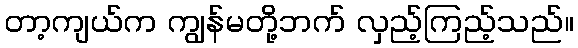
တာ့ကျယ်က ကျွန်မတို့ဘက် လှည့်ကြည့်သည်။